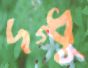
দগ্ধু